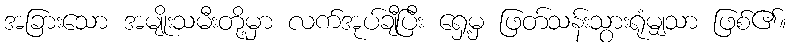
အခြားသော အမျိုးသမီးတို့မှာ လက်အုပ်ချီပြီး ရှေ့မှ ဖြတ်သန်းသွားရုံမျှသာ ဖြစ်၏။